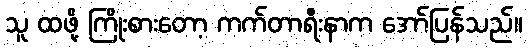
သူ ထဖို့ ကြိုးစားတော့ ကက်တာရီးနာက အော်ပြန်သည်။